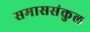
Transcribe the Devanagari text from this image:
समाससंकुल